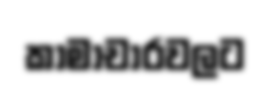
කාමාචාරවලට